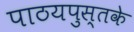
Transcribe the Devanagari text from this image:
पाठयपुस्तके